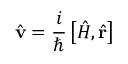
{ \hat { \mathbf { v } } } = { \frac { i } { \hbar } } \left[ { \hat { H } } , { \hat { \mathbf { r } } } \right]